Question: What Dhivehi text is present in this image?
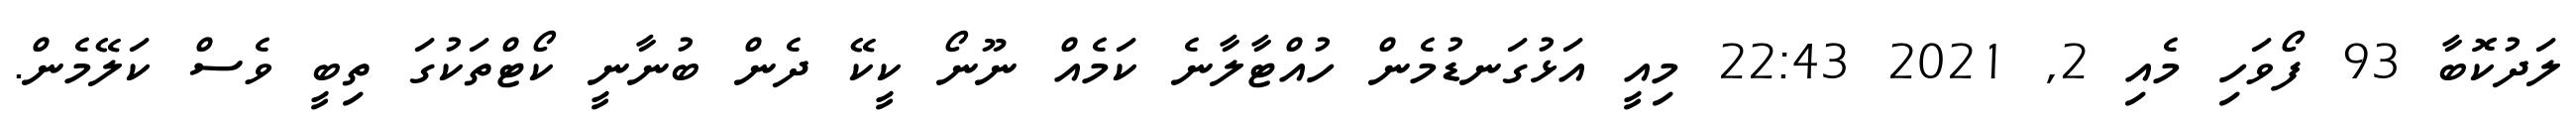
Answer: ލަދުކޮބާ 93 ފޯވަހި މެއި 2, 2021 22:43 މިއީ އަޅުގަނޑުމެން ހުއްޓާލާނެ ކަމެއް ނޫނޯ ކީކޭ ދެން ބުނާނީ ކޯޓްތަކުގަ ތިބީ ވެސް ކަލޭމެން.